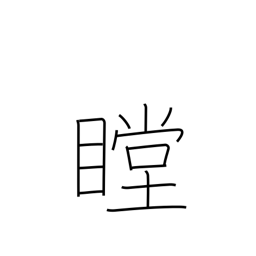
Meaning: stare intently